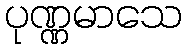
ပုဏ္ဏမာသေ